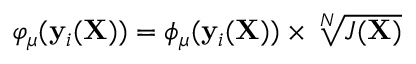
\varphi _ { \mu } ( \mathbf { y } _ { i } ( \mathbf { X } ) ) = \phi _ { \mu } ( \mathbf { y } _ { i } ( \mathbf { X } ) ) \times \sqrt [ N ] { J ( \mathbf { X } ) }